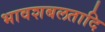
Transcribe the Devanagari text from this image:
भावशबलतादि